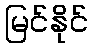
မြင်နိုင်